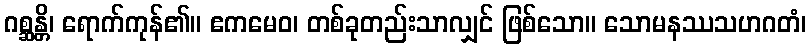
ဂစ္ဆန္တိ၊ ရောက်ကုန်၏။ ဧကမေဝ၊ တစ်ခုတည်းသာလျှင် ဖြစ်သော။ သောမနဿသဟဂတံ၊